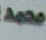
محمد